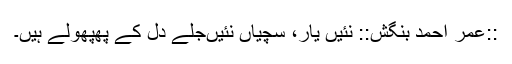
::عمر احمد بنگش:: نئیں یار، سچیاں نئیں‌جلے دل کے پھپھولے ہیں۔